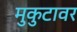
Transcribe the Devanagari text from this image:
मुकुटावर